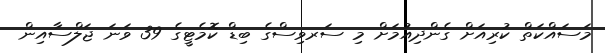
މަސައްކަތް ކުރިއަށް ގެންދިއުމަށް މި ސަރވިސްގެ ބިޑް ކޮމެޓީގެ 39 ވަނަ ޖަލްސާއިން